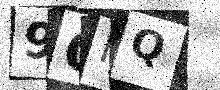
Text: 9QIQ